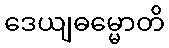
ဒေယျဓမ္မောတိ